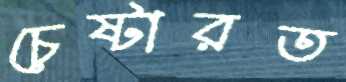
চেষ্টারত